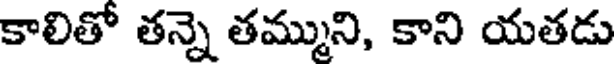
కాలితో తన్నె తమ్ముని, కాని యతడు